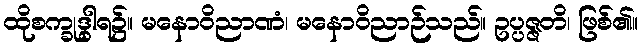
ထိုစက္ခုဒွါရ၌။ မနောဝိညာဏံ၊ မနောဝိညာဉ်သည်။ ဥပ္ပဇ္ဇတိ၊ ဖြစ်၏။